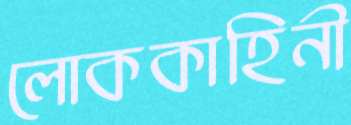
লোককাহিনী